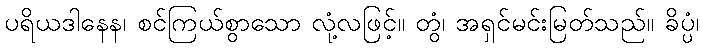
ပရိယဒါနေန၊ စင်ကြယ်စွာသော လုံ့လဖြင့်။ တွံ၊ အရှင်မင်းမြတ်သည်။ ခိပ္ပံ၊